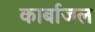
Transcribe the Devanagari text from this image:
कार्बाजल